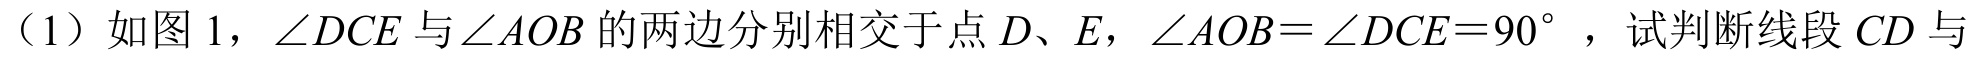
（1）如图 1，\(\angle DCE\)与\(\angle AOB\)的两边分别相交于点 \(D、E\)，\(\angle AOB = \angle DCE = 90^{\circ}\) ，试判断线段 \(CD\)与